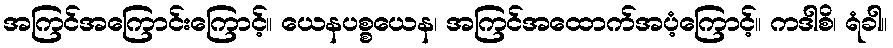
အကြင်အကြောင်းကြောင့်။ ယေနပစ္စယေန၊ အကြင်အထောက်အပံ့ကြောင့်။ ကဒါစိ၊ ရံခါ။